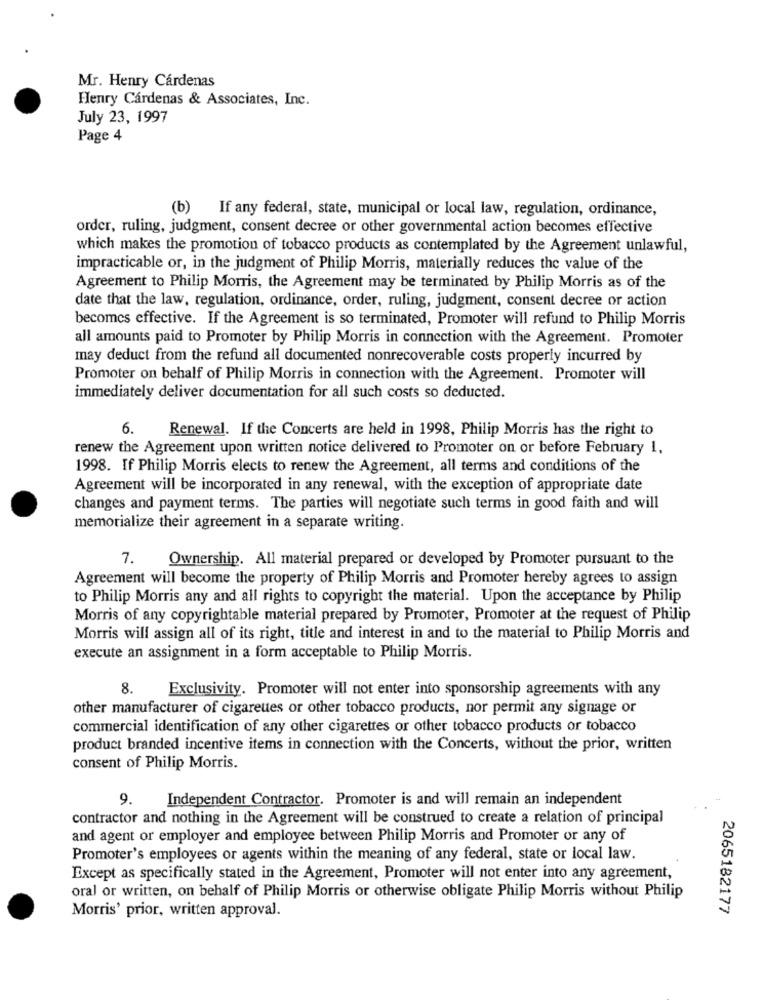
Mr. Henry Cárdenas
Henry Cárdenas & Associates, Inc.
July 23, 1997
Page 4
(b) If any federal, state, municipal or local law, regulation, ordinance,
order, ruling, judgment, consent decree or other governmental action becomes effective
which makes the promotion of tobacco products as contemplated by the Agreement unlawful,
impracticable or, in the judgment of Philip Morris, materially reduces the value of the
Agreement to Philip Morris, the Agreement may be terminated by Philip Morris as of the
date that the law, regulation, ordinance, order, ruling, judgment, consent decree or action
becomes effective. If the Agreement is so terminated, Promoter will refund to Philip Morris
all amounts paid to Promoter by Philip Morris in connection with the Agreement. Promoter
may deduct from the refund all documented nonrecoverable costs properly incurred by
Promoter on behalf of Philip Morris in connection with the Agreement. Promoter will
immediately deliver documentation for all such costs so deducted.
6.
Renewal. If the Concerts are held in 1998, Philip Morris has the right to
renew the Agreement upon written notice delivered to Promoter on or before February 1.
1998. If Philip Morris elects to renew the Agreement, all terms and conditions of the
Agreement will be incorporated in any renewal, with the exception of appropriate date
changes and payment terms. The parties will negotiate such terms in good faith and will
memorialize their agreement in a separate writing.
7.
Ownership. All material prepared or developed by Promoter pursuant to the
Agreement will become the property of Philip Morris and Promoter hereby agrees to assign
to Philip Morris any and all rights to copyright the material. Upon the acceptance by Philip
Morris of any copyrightable material prepared by Promoter, Promoter at the request of Philip
Morris will assign all of its right, title and interest in and to the material to Philip Morris and
execute an assignment in a form acceptable to Philip Morris.
8.
Exclusivity. Promoter will not enter into sponsorship agreements with any
other manufacturer of cigarettes or other tobacco products, nor permit any signage or
commercial identification of any other cigarettes or other tobacco products or tobacco
product branded incentive items in connection with the Concerts, without the prior, written
consent of Philip Morris.
9.
Independent Contractor. Promoter is and will remain an independent
contractor and nothing in the Agreement will be construed to create a relation of principal
and agent or employer and employee between Philip Morris and Promoter or any of
Promoter's employees or agents within the meaning of any federal, state or local law.
Except as specifically stated in the Agreement, Promoter will not enter into any agreement,
oral or written, on behalf of Philip Morris or otherwise obligate Philip Morris without Philip
2065182177
Morris' prior, written approval.